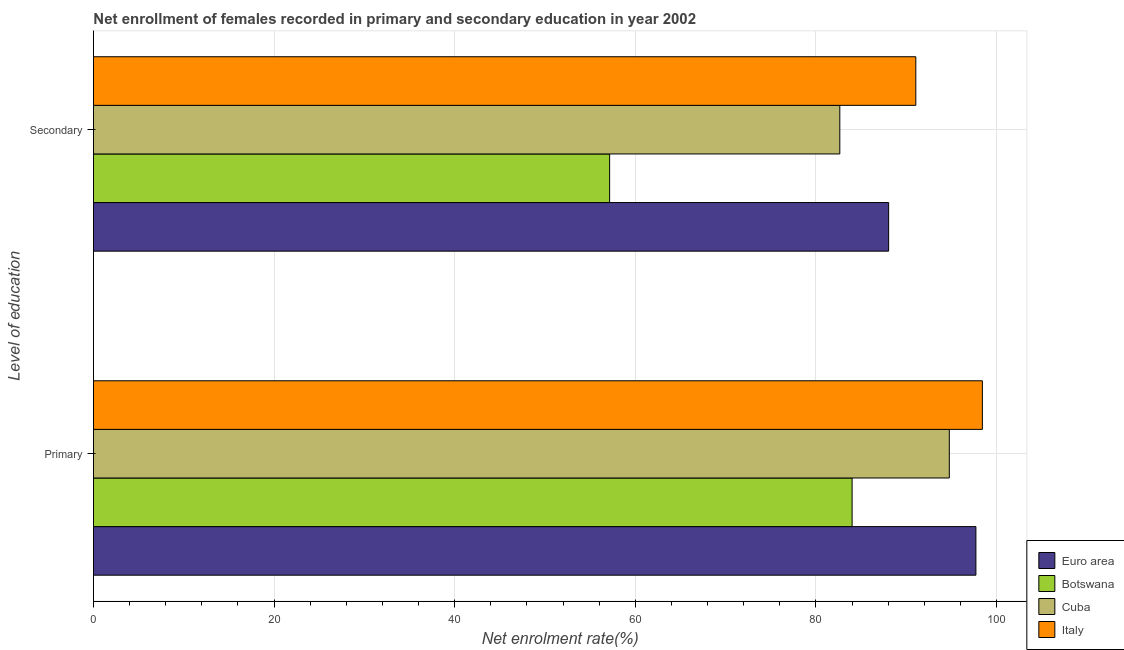
| Level of education | Euro area | Botswana | Cuba | Italy |
 | --- | --- | --- | --- | --- |
 | Primary | 97.7 | 84 | 94.8 | 98.4 |
 | Secondary | 88.1 | 57.2 | 82.7 | 91.1 |